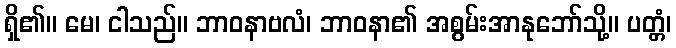
ရှိ၏။ မေ၊ ငါသည်။ ဘာဝနာဗလံ၊ ဘာဝနာ၏ အစွမ်းအာနုဘော်သို့။ ပတ္တံ၊